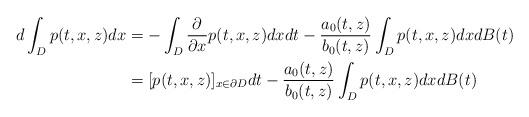
LaTeX: \begin{align*}d\int_Dp(t,x,z)dx &= -\int_D\frac{\partial}{\partial x}p(t,x,z)dxdt- \frac{a_0(t,z)}{b_0(t,z)} \int_Dp(t,x,z)dx dB(t)\\&=[p(t,x,z)]_{x\in\partial D}dt- \frac{a_0(t,z)}{b_0(t,z)} \int_Dp(t,x,z)dx dB(t)\end{align*}